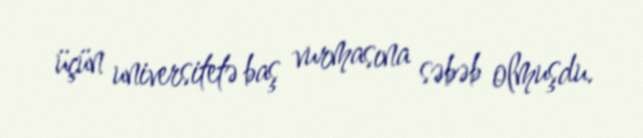
üçün universitetə baş vurmasına səbəb olmuşdu.